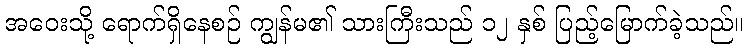
အဝေးသို့ ရောက်ရှိနေစဉ် ကျွန်မ၏ သားကြီးသည် ၁၂ နှစ် ပြည့်မြောက်ခဲ့သည်။